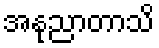
အနုညာတာသိ